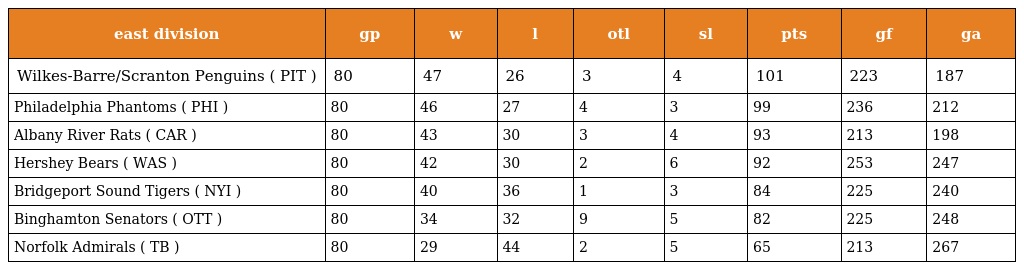
| east division | gp | w | l | otl | sl | pts | gf | ga |
 | --- | --- | --- | --- | --- | --- | --- | --- | --- |
 | Wilkes-Barre/Scranton Penguins ( PIT ) | 80 | 47 | 26 | 3 | 4 | 101 | 223 | 187 |
 | Philadelphia Phantoms ( PHI ) | 80 | 46 | 27 | 4 | 3 | 99 | 236 | 212 |
 | Albany River Rats ( CAR ) | 80 | 43 | 30 | 3 | 4 | 93 | 213 | 198 |
 | Hershey Bears ( WAS ) | 80 | 42 | 30 | 2 | 6 | 92 | 253 | 247 |
 | Bridgeport Sound Tigers ( NYI ) | 80 | 40 | 36 | 1 | 3 | 84 | 225 | 240 |
 | Binghamton Senators ( OTT ) | 80 | 34 | 32 | 9 | 5 | 82 | 225 | 248 |
 | Norfolk Admirals ( TB ) | 80 | 29 | 44 | 2 | 5 | 65 | 213 | 267 |